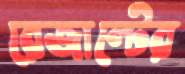
রেজাল্টের